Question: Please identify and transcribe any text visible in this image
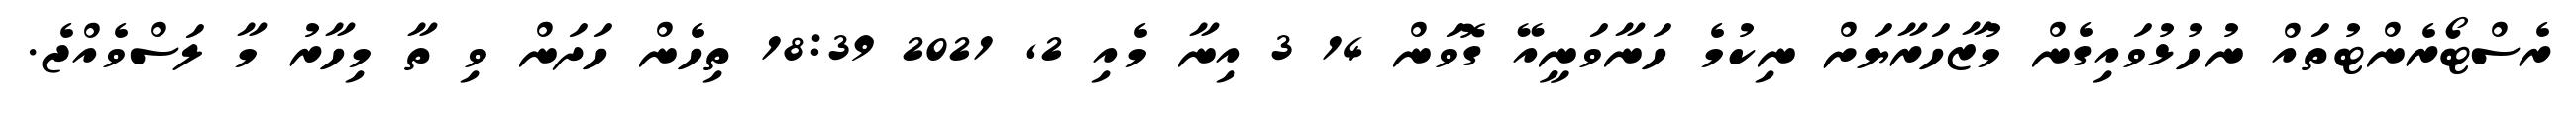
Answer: ރެސްޓޯރެންޓުތައް ނުހުޅުވައިގެން މުޒާހަރާޔަށް ނިކުމެ ހަނާވަނީއޭ ގޮވަން 14 3 އިނާ މެއި 2, 2021 18:39 ތިހެން ހަދަން ވި ތާ މިހާރު މާ ލަސްވެއްޖެ.